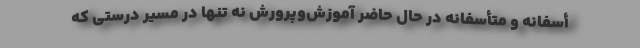
أسفانه و متأسفانه در حال حاضر آموزش‌وپرورش نه تنها در مسیر درستی که